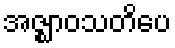
အဇ္ဈာဝသတိပေ